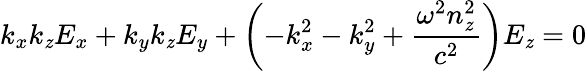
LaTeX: k_{x}k_{\mathit{z}}E_{x}+k_{y}k_{\mathit{z}}E_{y}+\left(-k_{x}^{2}-k_{y}^{2}+{\frac{{\omega^{2}n_{\mathit{z}}^{2}}}{{c^{2}}}}\right)E_{\mathit{z}}=0